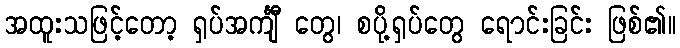
အထူးသဖြင့်တော့ ရှပ်အင်္ကျီ တွေ၊ စပို့ရှပ်တွေ ရောင်းခြင်း ဖြစ်၏။